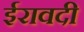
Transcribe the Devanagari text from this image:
ईरावदी